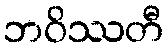
ဘဝိဿတီ